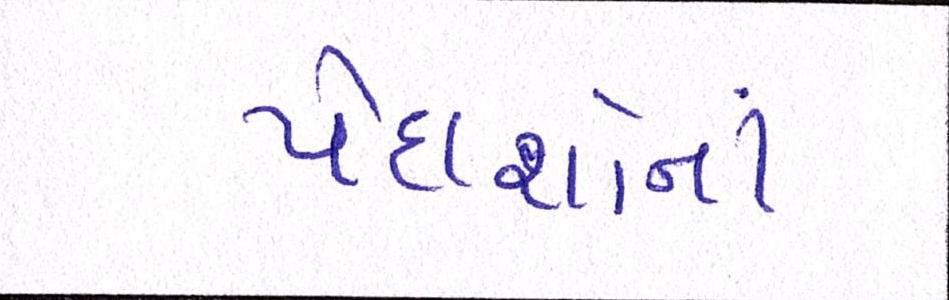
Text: પેદાશોનાં